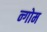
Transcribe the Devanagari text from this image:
न्गोम